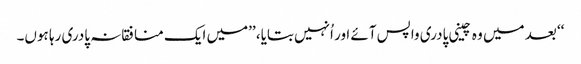
‘‘ بعد میں وہ چینی پادری واپس آئے اور اُنہیں بتایا، ’’میں ایک منافقانہ پادری رہا ہوں۔